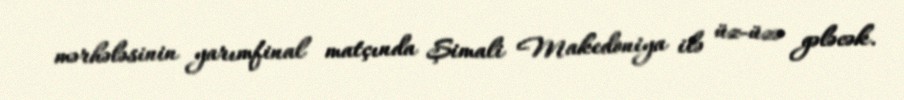
mərhələsinin yarımfinal matçında Şimali Makedoniya ilə üz-üzə gələcək.